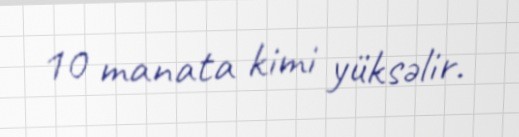
10 manata kimi yüksəlir.